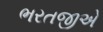
ભરતજીએ